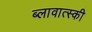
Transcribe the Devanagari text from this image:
ब्लावात्स्की